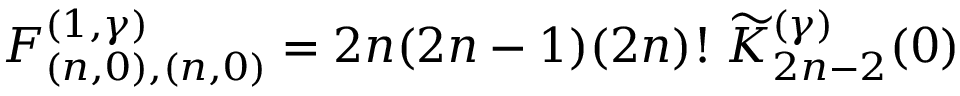
F _ { ( n , 0 ) , ( n , 0 ) } ^ { ( 1 , \gamma ) } = 2 n ( 2 n - 1 ) ( 2 n ) ! \; \widetilde { K } _ { 2 n - 2 } ^ { ( \gamma ) } ( 0 )